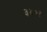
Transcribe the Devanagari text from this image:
३४०१